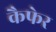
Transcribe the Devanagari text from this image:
कैफेर